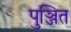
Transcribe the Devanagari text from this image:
पुञ्जित